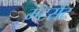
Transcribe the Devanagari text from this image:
मेटसैट